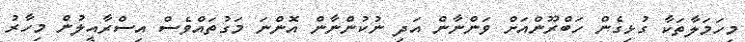
މިހަމަލާތަކާ ގުޅިގެން ހަބްރޫންއަށް ވަންނާން އަދި ނުކުންނާން އޮންނަ މަގުތައްވެސް އިސްރާއީލުން މިހާރު